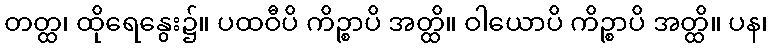
တတ္ထ၊ ထိုရေနွေး၌။ ပထဝီပိ ကိဉ္စာပိ အတ္ထိ။ ဝါယောပိ ကိဉ္စာပိ အတ္ထိ။ ပန၊